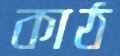
কাঠ